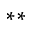
^ { * * }